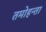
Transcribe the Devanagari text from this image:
तमोहन्ता